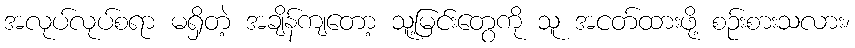
အလုပ်လုပ်စရာ မရှိတဲ့ အချိန်ကျတော့ သူ့မြင်းတွေကို သူ အငတ်ထားဖို့ စဉ်းစားသလား၊